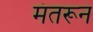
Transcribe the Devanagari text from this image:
मंतरून